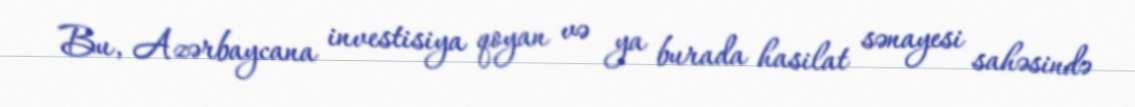
Bu, Azərbaycana investisiya qoyan və ya burada hasilat sənayesi sahəsində